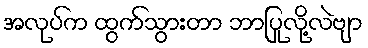
အလုပ်က ထွက်သွားတာ ဘာပြုလို့လဲဗျာ